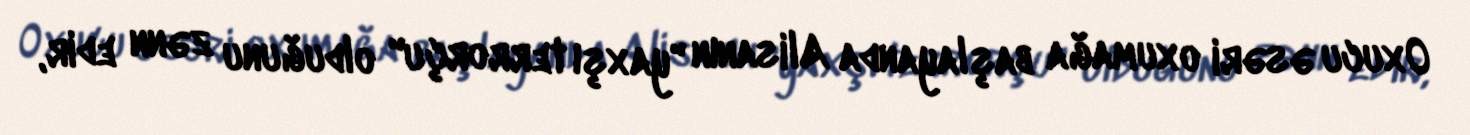
Oxucu əsəri oxumağa başlayanda Alisanın "yaxşı terrorçu" olduğunu zənn edir,